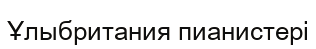
Ұлыбритания пианистері